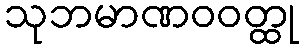
သုဘမာဏဝဝတ္ထု